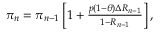
\begin{array} { r } { \pi _ { n } = \pi _ { n - 1 } \left[ 1 + \frac { p ( 1 - \theta ) \Delta R _ { n - 1 } } { 1 - R _ { n - 1 } } \right] , } \end{array}